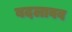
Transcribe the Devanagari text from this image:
बदलावव